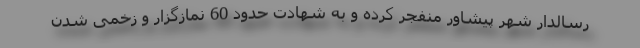
رسالدار شهر پیشاور منفجر کرده و به شهادت حدود 60 نمازگزار و زخمی شدن